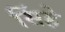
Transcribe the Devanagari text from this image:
सिंहे